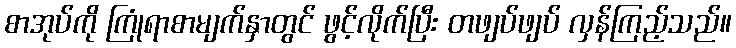
စာအုပ်ကို ကြုံရာစာမျက်နှာတွင် ဖွင့်လိုက်ပြီး တဖျပ်ဖျပ် လှန်ကြည့်သည်။